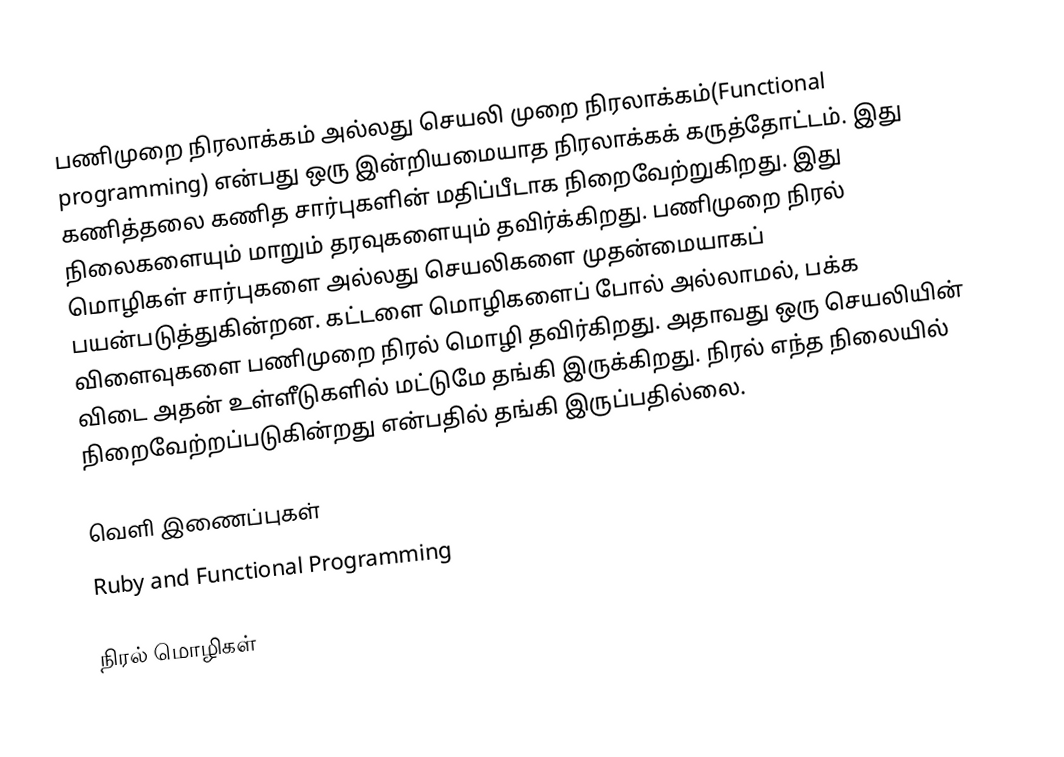
பணிமுறை நிரலாக்கம் அல்லது செயலி முறை நிரலாக்கம்(Functional programming) என்பது  ஒரு இன்றியமையாத  நிரலாக்கக்  கருத்தோட்டம். இது கணித்தலை கணித சார்புகளின் மதிப்பீடாக நிறைவேற்றுகிறது. இது நிலைகளையும் மாறும் தரவுகளையும் தவிர்க்கிறது. பணிமுறை நிரல் மொழிகள் சார்புகளை அல்லது செயலிகளை முதன்மையாகப் பயன்படுத்துகின்றன. கட்டளை மொழிகளைப் போல் அல்லாமல், பக்க விளைவுகளை பணிமுறை நிரல் மொழி தவிர்கிறது. அதாவது ஒரு செயலியின் விடை அதன் உள்ளீடுகளில் மட்டுமே தங்கி இருக்கிறது. நிரல் எந்த நிலையில் நிறைவேற்றப்படுகின்றது என்பதில் தங்கி இருப்பதில்லை.

வெளி இணைப்புகள்
 Ruby and Functional Programming

நிரல் மொழிகள்